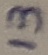
Text: 13